Lock hospitals Punjab
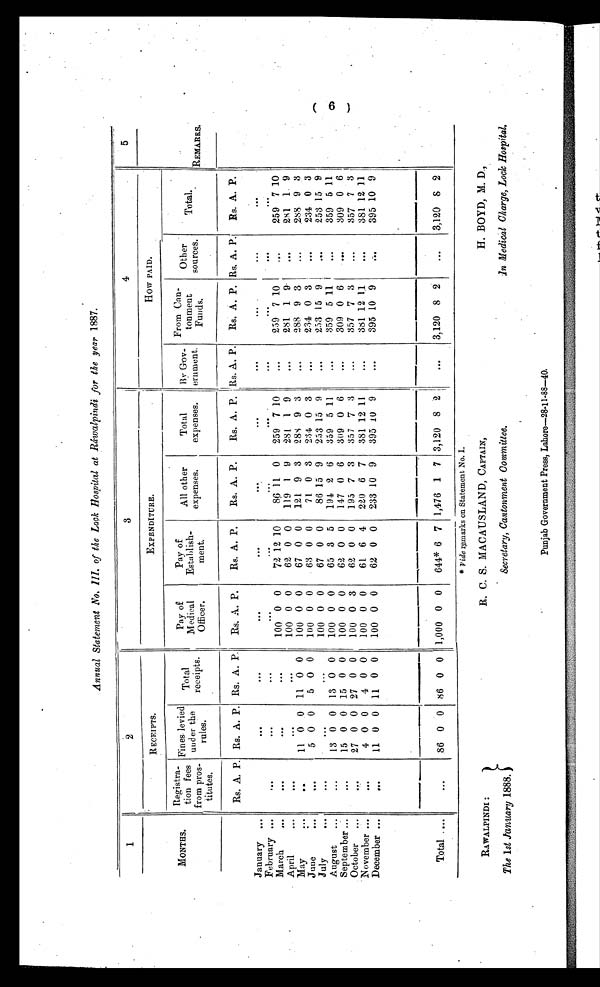
RAWALPINDI :
The 1st January 1888.
R. C. S. MACAUSLAND, CAPTAIN,
Secretary, Cantonment Committee.
H. BOYD, M. D.,
In Medical Charge, Lock Hospital,
Annual Statement No.III.of the Lock Hospital at Ráwalpindi for the year 1887.
1
2
3
4
MONTHS.
RECEIPTS.
EXPENDITURE.
How PAID.
Regisra-
t i o n fees
from pros-
titutes.
Fines levied
under the
rules.
Total
receipts.
Pay of
Medical
Officer.
Pay of
Establish-
ment.
All other
expenses.
Total
expenses.
By Gov-
ernment.
From Cau-
tonment
Funds.
Other
sources.
Total.
REMARKS.
Rs. A. P. Rs. A. P. Rs. A. P.
Rs. A. P.
Rs. A. P.
Rs. A. P.
Rs. A. P. Rs. A. P. Rs. A. P. Rs. A. P.
Rs. A. P.
January
...
...
. . .
. . .
. . .
...
. . .
. . .
...
. . .
February
. . . .
...
...
. . .
. . .
. . .
...
. . .
. . .
. . .
. . .
March
. . .
...
...
100 0 0
72 12 10
86 11 0
259 7 10
. . .
259 7 10
. . .
259 7 10
April
. . .
...
...
100 0 0
62 0 0
119 1 9
281 1 9
. . .
281 1 9
...
281 1 9
May
. . .
1 1 0 0 11 0 0
100 0 0
67 0 0
121 9 3
288 9 3
. . .
288 9 3
...
288 9 3
June
. . .
5 0 0
5 0 0
100 0 0
63 0 0
71 0 3
234 0 3
. . .
234 0 3
. . .
234 0 3
July
. . .
...
100 0 0
67 0 0
86 15 9
253 15 9
. . .
253 15 9
. . . . . .
253 15 9
August
. . .
13 0 0 13 0 0
100 0 0
65 3 5
194 2 6
359 5 11
. . .
359 5 11
. . .
359 5 1 1
September
. . .
15 0 0 15 0 0
100 0 0
62 0 0
147 0 6
309 0 6
. . .
309 0 6
...
309 0 6
Octobe
. . .
0 0 27 0 0
100 0 3
62 0 0
195 7 3
357 7 3
. . .
357 7 3
. . .
357 7 3
November
. . .
4 0 0
4 0 0
100 0 0
61 6 4
22,0 6 7
381 12 11
. . .
381 12 1.1
...
381 12 11
December
. . .
11 0 0 11 0 0
100 0 0
62 0 0
233 10 9
395 10 9
. . .
395 10 9
...
395 10 9
Total
. . .
86 0 0 86 0 0 1,000 0 0
644* 6 7 1,476 1 7 3,120 8 21
...
3,120 8 2
...
3,120 8 2
* vide remarks on Statement No. I.
6
Punjab Government Press, Lahore-28-11-88-40.